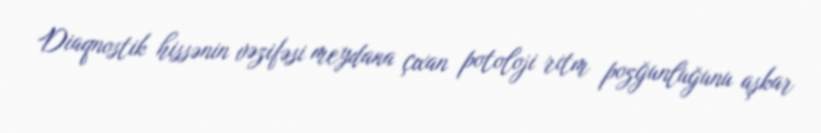
Diaqnostik hissənin vəzifəsi meydana çıxan potoloji ritm pozğunluğunu aşkar